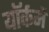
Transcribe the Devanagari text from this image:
यॉर्कमें